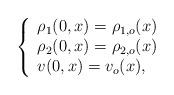
LaTeX: \begin{align*} \left\{ \begin{array}{l} \rho_1(0, x) = \rho_{1,o}(x) \\ \rho_2(0, x) = \rho_{2,o}(x) \\ v(0, x) = v_o(x), \end{array} \right.\end{align*}